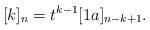
LaTeX: \begin{align*}[k]_n = t^{k-1} [1a]_{n-k+1}.\end{align*}